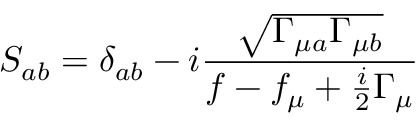
S _ { a b } = \delta _ { a b } - i \frac { \sqrt { \Gamma _ { \mu a } \Gamma _ { \mu b } } } { f - f _ { \mu } + \frac { i } { 2 } \Gamma _ { \mu } }